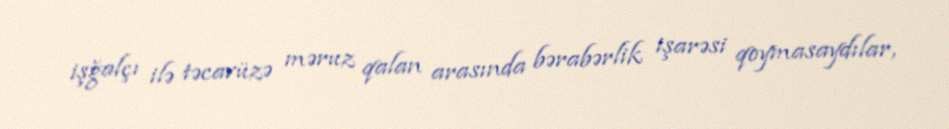
işğalçı ilə təcavüzə məruz qalan arasında bərabərlik işarəsi qoymasaydılar,